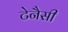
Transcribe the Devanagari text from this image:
टेनैसी